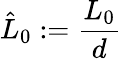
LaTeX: \hat{L}_{0}:=\frac{L_{0}}{d}